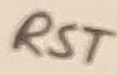
Text: RST